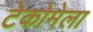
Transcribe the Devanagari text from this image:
टेकोमेला